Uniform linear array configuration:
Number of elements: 8
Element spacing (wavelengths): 0.75
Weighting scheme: hann
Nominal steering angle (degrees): -60
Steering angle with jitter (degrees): -60.63
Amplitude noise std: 0.05
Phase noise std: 0.05

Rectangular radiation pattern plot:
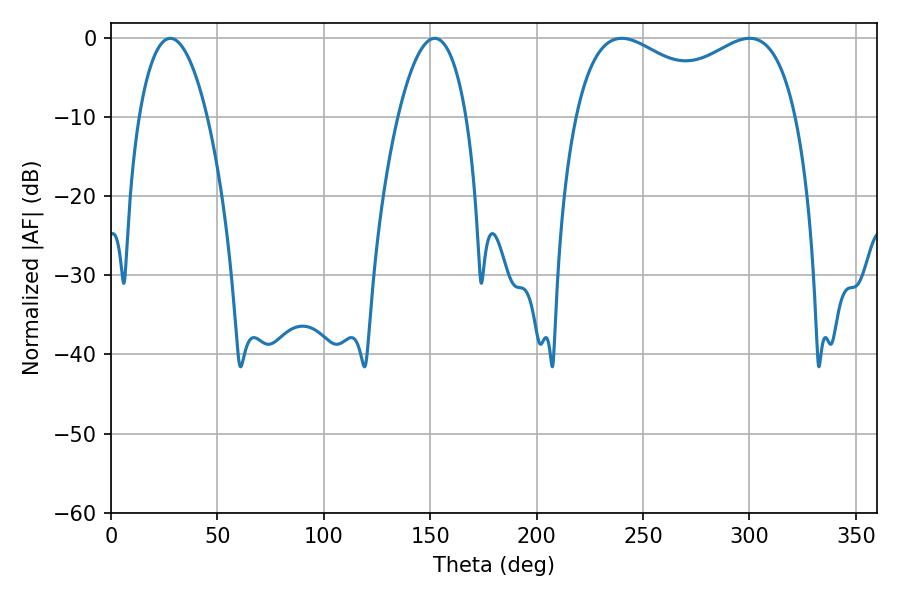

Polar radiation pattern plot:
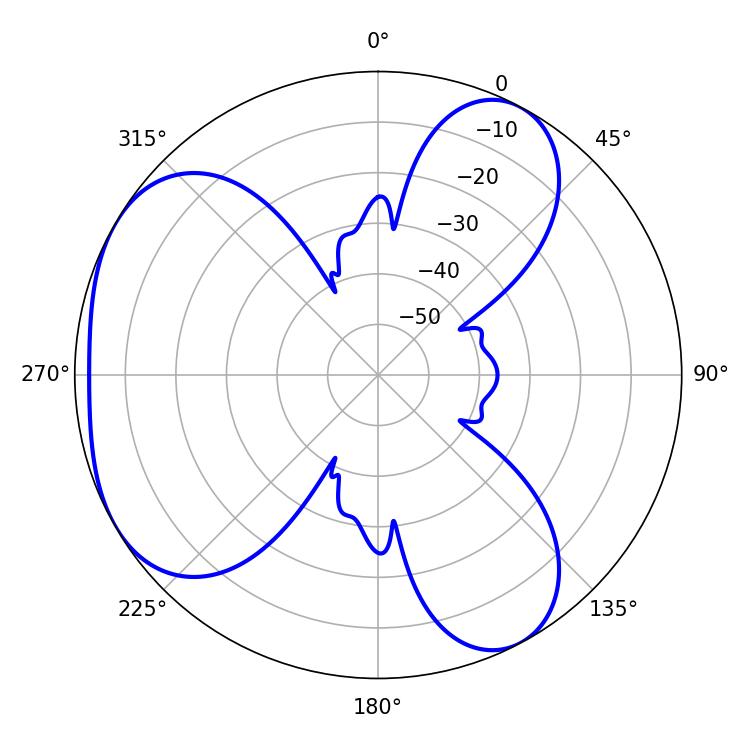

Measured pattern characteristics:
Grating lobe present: TRUE
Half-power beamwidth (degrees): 86.4
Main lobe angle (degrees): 239.94